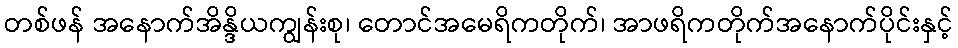
တစ်ဖန် အနောက်အိန္ဒိယကျွန်းစု၊ တောင်အမေရိကတိုက်၊ အာဖရိကတိုက်အနောက်ပိုင်းနှင့်